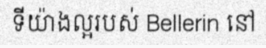
ទីយ៉ាងល្អរបស់ Bellerin នៅ